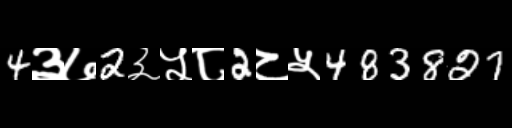
Text: 4३७2३५८2८५483827